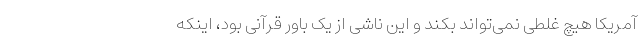
آمریکا هیچ غلطی نمی‌تواند بکند و این ناشی از یک باور قرآنی بود، اینکه